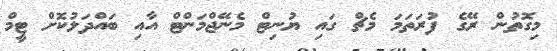
މިގޮތުން ރޭގެ ފުރަތަމަ މެޗް ގައި ޔުނިޓް މެނޭޖްމަންޓް އާއި ބައްދަލުކޮށް ޓީމް